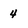
Character: 4